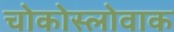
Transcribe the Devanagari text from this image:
चोकोस्लोवाक